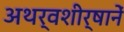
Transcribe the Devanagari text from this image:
अथर्वशीर्षानें